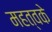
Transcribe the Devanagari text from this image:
महत्वके